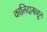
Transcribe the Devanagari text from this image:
कालिदासाहून